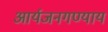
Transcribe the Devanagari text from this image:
आर्यजनगण्याय